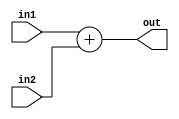
module Adder (in1, in2, out);
  input [3:0] in1, in2;
  output [4:0] out;

  assign out = in1 + in2;
endmodule